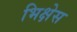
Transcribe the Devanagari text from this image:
भिक्षेस